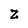
Character: Z